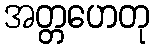
အတ္တဟေတု